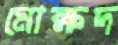
মোক্ষদ